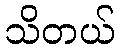
သိတယ်